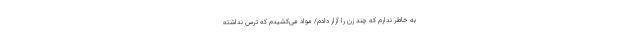
به خاطر ندارم که چند زن را آزار دادم/ مواد می‌کشیدم که ترس نداشته